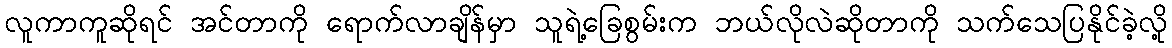
လူကာကူဆိုရင် အင်တာကို ရောက်လာချိန်မှာ သူရဲ့ခြေစွမ်းက ဘယ်လိုလဲဆိုတာကို သက်သေပြနိုင်ခဲ့လို့